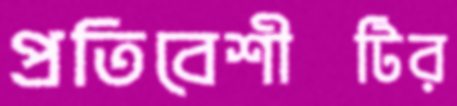
প্রতিবেশীটির